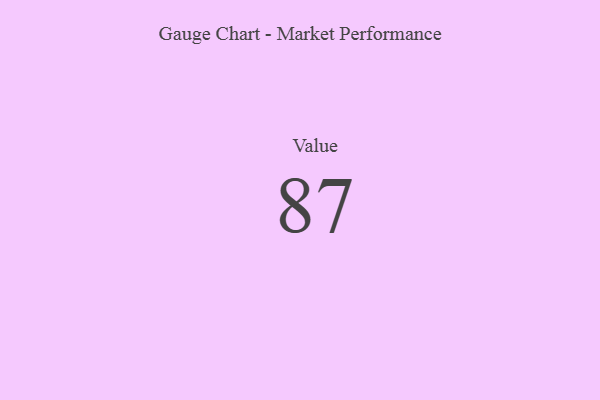
{"axis": {"x": "Metric", "y": "Value"}, "legend": [""], "data": [{"x": "Value", "y": 87, "type": ""}]}